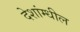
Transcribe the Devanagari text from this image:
देशांम्धील